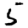
Digit: 5